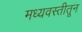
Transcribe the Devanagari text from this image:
मध्यवस्तीतून